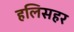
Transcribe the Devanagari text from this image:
हलिसहर